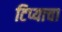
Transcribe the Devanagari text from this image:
टिप्याचा